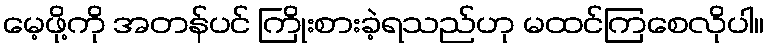
မေ့ဖို့ကို အတန်ပင် ကြိုးစားခဲ့ရသည်ဟု မထင်ကြစေလိုပါ။